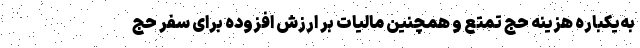
به‌یکباره هزینه حج تمتع و همچنین مالیات بر ارزش افزوده برای سفر حج